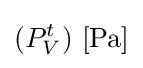
(P_{V}^{t})\ \mathrm {[Pa]}